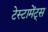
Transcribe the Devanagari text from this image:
टेस्टामेंट्स